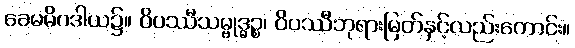
ခေမမိဂဒါယ၌။ ဝိပဿီသမ္ဗုဒ္ဓဉ္စ၊ ဝိပဿီဘုရားမြတ်နှင့်လည်းကောင်း။